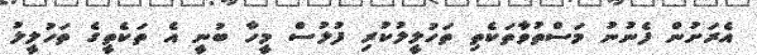
އެރަށުން ފެނުނު މަސްތުވާތަކެތި ތަހުލީލުކުރި ފުލުސް މީހާ ބުނީ އެ ތަކެތީގެ ތަހުލީލު